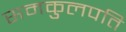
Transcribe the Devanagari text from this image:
समकुलपति